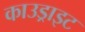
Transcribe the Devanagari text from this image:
काउड्राइट